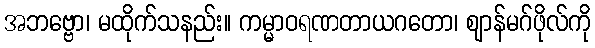
အဘဗ္ဗော၊ မထိုက်သနည်း။ ကမ္မာဝရဏတာယဂတော၊ ဈာန်မဂ်ဖိုလ်ကို